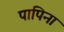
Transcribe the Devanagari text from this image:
पापिना